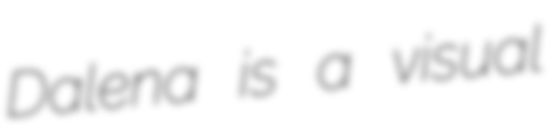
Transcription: Dalena is a visual